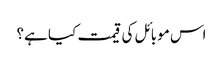
اس موبائل کی قیمت کیا ہے؟